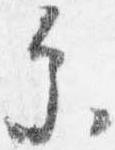
参